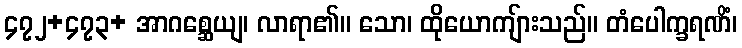
၄၇၂+၄၇၃+ အာဂစ္ဆေယျ၊ လာရာ၏။ သော၊ ထိုယောကျ်ားသည်။ တံပေါက္ခရဏိံ၊